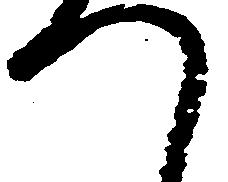
つ